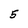
Character: 5